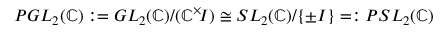
P G L _ { 2 } ( \mathbb { C } ) : = G L _ { 2 } ( \mathbb { C } ) / ( \mathbb { C } ^ { \times } \! I ) \cong S L _ { 2 } ( \mathbb { C } ) / \{ \pm I \} = : P S L _ { 2 } ( \mathbb { C } )